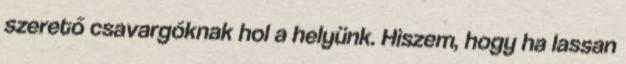
szerető csavargóknak hol a helyünk. Hiszem, hogy ha lassan